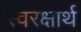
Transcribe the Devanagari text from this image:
स्वरक्षार्थ